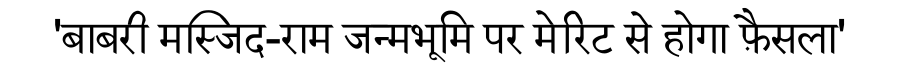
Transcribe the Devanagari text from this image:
'बाबरी मस्जिद-राम जन्मभूमि पर मेरिट से होगा फ़ैसला'